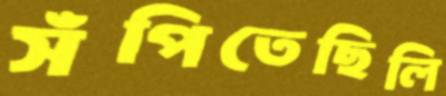
সঁপিতেছিলি